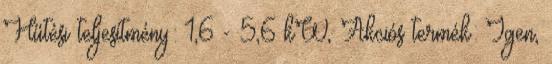
Hűtési teljesítmény: 1,6 - 5,6 kW, Akciós termék: Igen,